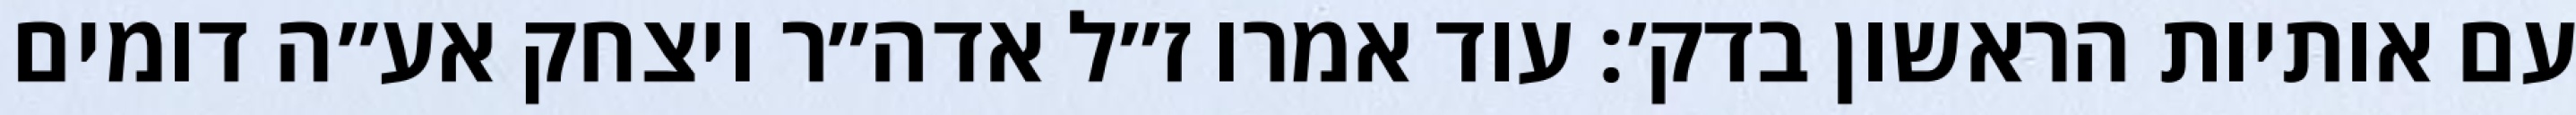
עם אותיות הראשון בדק׳: עוד אמרו ז״ל אדה״ר ויצחק אע״ה דומים